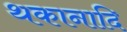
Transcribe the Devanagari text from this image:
थकानादि